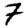
Digit: 7